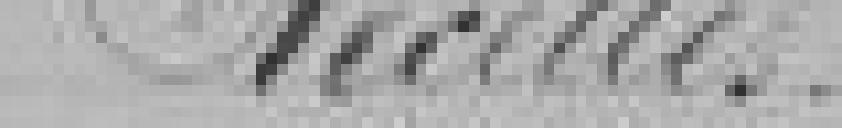
Recettes